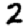
Digit: 2